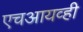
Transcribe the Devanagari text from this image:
एचआयव्ही